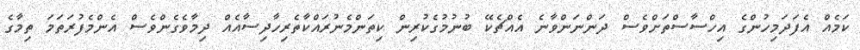
ކަމެއް އެފަދަމިހުންގެ އިހްސާސްތަށްވެސް ދަންނަންވާނެ އެއްޗެކޭ ބުނުމުގެކުރިން ކިތަންމެނުރައްކާތެރިހާދިސާއެއް ދިމާވެގެންވެސް އެންމެފުރަތަމަ ތިމާގެ